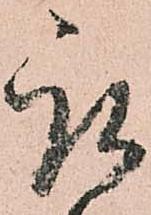
取